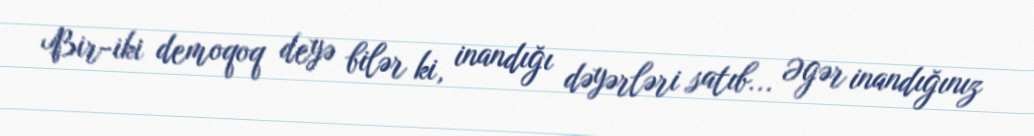
Bir-iki demoqoq deyə bilər ki, inandığı dəyərləri satıb... Əgər inandığınız